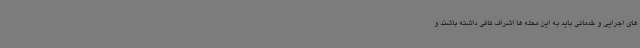
های اجرایی و خدماتی باید به این محله ها اشراف کافی داشته باشند و